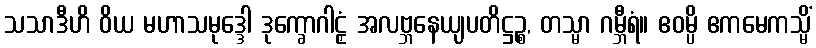
သသာဒီဟိ ဝိယ မဟာသမုဒ္ဒေါ ဒုက္ခောဂါဠှံ အလဗ္ဘနေယျပတိဋ္ဌဉ္စ, တသ္မာ ဂမ္ဘီရံ။ ဧဝမ္ပိ ဧကမေကသ္မိံ